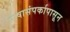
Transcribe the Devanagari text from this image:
भाषासंपर्कापासून